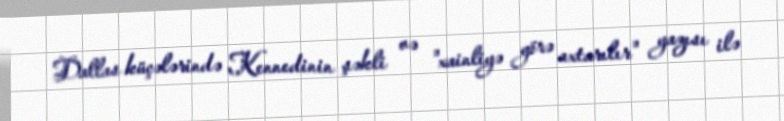
Dallas küçələrində Kennedinin şəkli və "xainliyə görə axtarılır" yazısı ilə